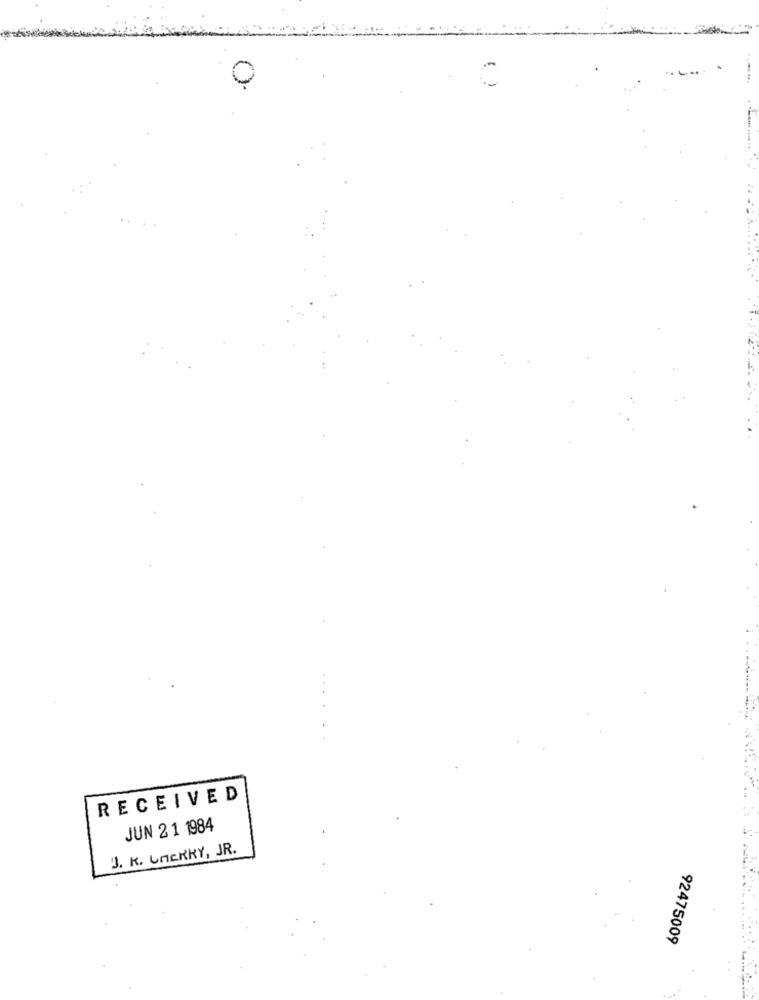
O
RECEIVED
JUN 21 1984
J. K. CHERRY, JR.
92475009